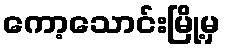
ကော့သောင်းမြို့မှ